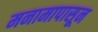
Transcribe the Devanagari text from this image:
मनामापासून